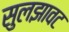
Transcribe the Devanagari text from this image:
सुलझावट